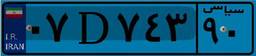
۰۷D۷۴۳۹۰